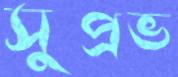
সুপ্রভ